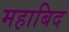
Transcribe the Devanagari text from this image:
महाबिद